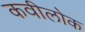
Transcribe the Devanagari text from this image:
कवीलोक